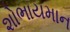
શોભાયમાન